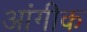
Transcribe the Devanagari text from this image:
आंगीक